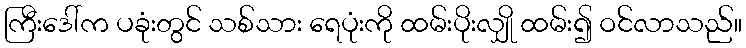
ကြီးဒေါ်က ပခုံးတွင် သစ်သား ရေပုံးကို ထမ်းပိုးလျှို ထမ်း၍ ဝင်လာသည်။